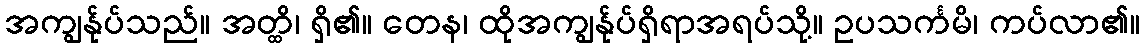
အကျွန်ုပ်သည်။ အတ္ထိ၊ ရှိ၏။ တေန၊ ထိုအကျွန်ုပ်ရှိရာအရပ်သို့။ ဥပသင်္ကမိ၊ ကပ်လာ၏။